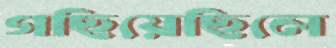
গছিয়েছিলে